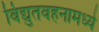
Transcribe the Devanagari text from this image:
विद्युतवहनामध्ये